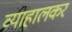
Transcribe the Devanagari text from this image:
व्याहालकर